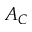
A _ { C }